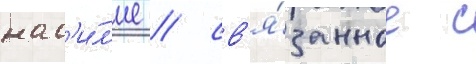
нас'и́л'ие / св'я́занное с